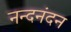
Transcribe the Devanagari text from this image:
नन्दनंदन